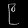
Digit: ၉